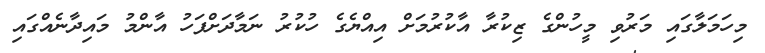
މިހަމަލާގައި މަރުވި މީހުންގެ ޒިކުރާ އާކުރުމަށް އިއްޔެގެ ހުކުރު ނަމާދަށްފަހު އާންމު މައިދާނެއްގައި